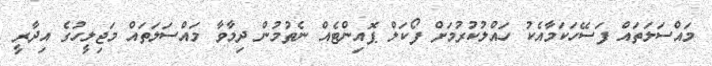
މައްސަލަތައް ފަސޭހަކަމާއެކު ހައްލުކުރުމަށް ފޯކަލް ޕޮއިންޓެއް ނެތުމުން ދިމާވާ މައްސަލަތައް މަޖިލީހުގެ އިދާރީ